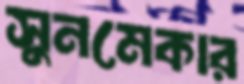
সুনমেকার